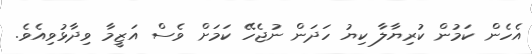
އެހެން ކަމުން ކުރިޔާލާ ކިޔު ހަދަަން ނުޖެހޭ ކަމަށް ވެސް އަޒީމާ ވިދާޅުވިއެވެ.